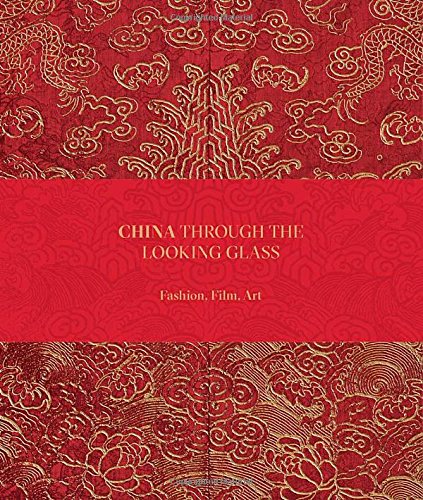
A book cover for China: Through the Looking Glass; Andrew Bolton; Arts & Photography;